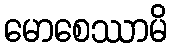
မောစေဿာမိ